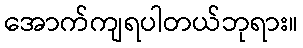
အောက်ကျရပါတယ်ဘုရား။